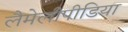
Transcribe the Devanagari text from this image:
लैमेलीपीडिया